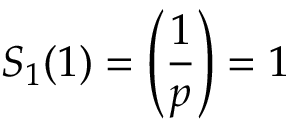
S _ { 1 } ( 1 ) = \left( { \frac { 1 } { p } } \right) = 1